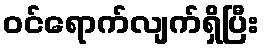
ဝင်ရောက်လျက်ရှိပြီး